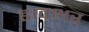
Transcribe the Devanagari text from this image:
डावभर